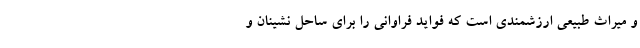
و میراث طبیعی ارزشمندی است که فواید فراوانی را برای ساحل نشینان و